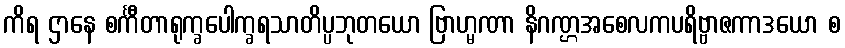
ကိရ ဌာနေ စင်္ကီတာရုက္ခပေါက္ခရသာတိပ္ပဘုတယော ဗြာဟ္မဏာ နိဂဏ္ဌအစေလကပရိဗ္ဗာဇကာဒယော စ